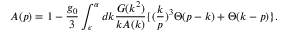
A ( p ) = 1 - \frac { g _ { 0 } } { 3 } \int _ { \epsilon } ^ { \alpha } d k \frac { G ( k ^ { 2 } ) } { k A ( k ) } \{ ( \frac { k } { p } ) ^ { 3 } \Theta ( p - k ) + \Theta ( k - p ) \} .